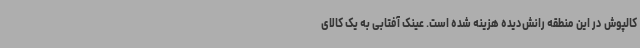
کالپوش در این منطقه رانش‌دیده هزینه شده است. عینک آفتابی به یک کالای